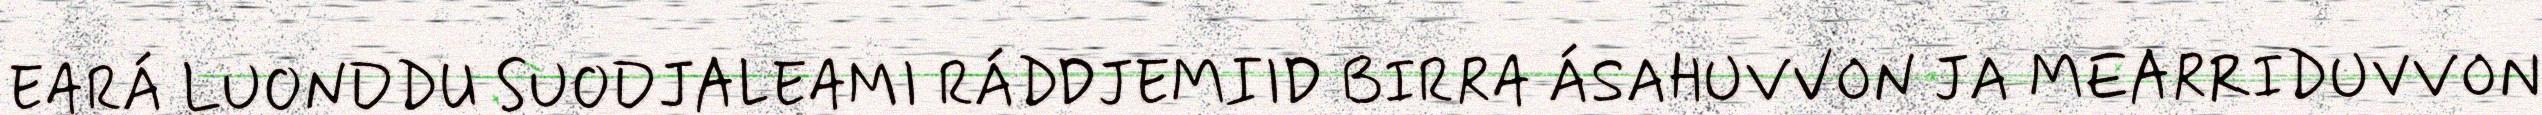
EARÁ LUONDDU SUODJALEAMI RÁDDJEMIID BIRRA ÁSAHUVVON JA MEARRIDUVVON